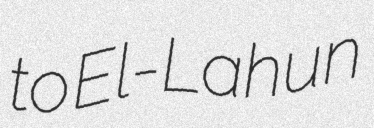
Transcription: to El-Lahun